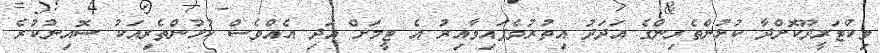
ވިކްޓަރީދޫކޮށްދާ ކުޅުންތެރިންގެ އަދަދު އިތުރުވެފައިވާއިރު އެ ޓީމަށް އަދި އެއްވެސް ކުޅުންތެރިއަކު ސޮއިނުކުރެ